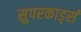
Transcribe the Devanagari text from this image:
सुपरकार्ड्स